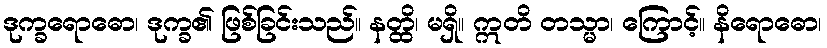
ဒုက္ခရောဓော၊ ဒုက္ခ၏ ဖြစ်ခြင်းသည်။ နတ္ထိ၊ မရှိ။ ဣတိ တသ္မာ၊ ကြောင့်။ နိရောဓော၊